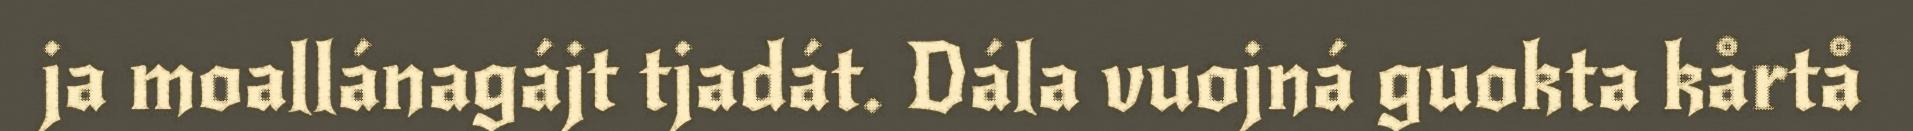
ja moallánagájt tjadát. Dála vuojná guokta kårtå